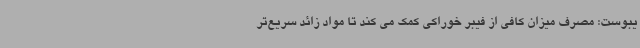
یبوست: مصرف میزان کافی از فیبر خوراکی کمک می کند تا مواد زائد سریع‌تر